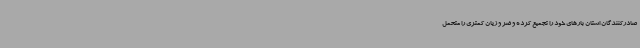
صادرکنندگان استان بارهای خود را تجمیع کرده و ضر و زیان کمتری را متحمل